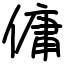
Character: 傭